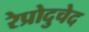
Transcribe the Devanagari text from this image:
रेप्रोदुचेद